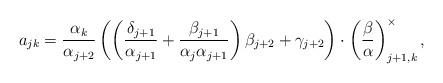
LaTeX: \begin{align*}a_{jk} = \frac{\alpha_k}{\alpha_{j+2}}\left(\left( \frac{\delta_{j+1}}{\alpha_{j+1}}+\frac{\beta_{j+1}}{\alpha_j \alpha_{j+1}} \right)\beta_{j+2} + \gamma_{j+2} \right)\cdot \left(\frac{\beta}{\alpha}\right)_{j+1,k}^{\times},\end{align*}